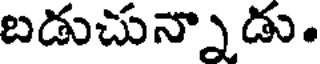
బడుచున్నాడు.